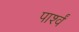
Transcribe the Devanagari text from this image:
पार्श्वं